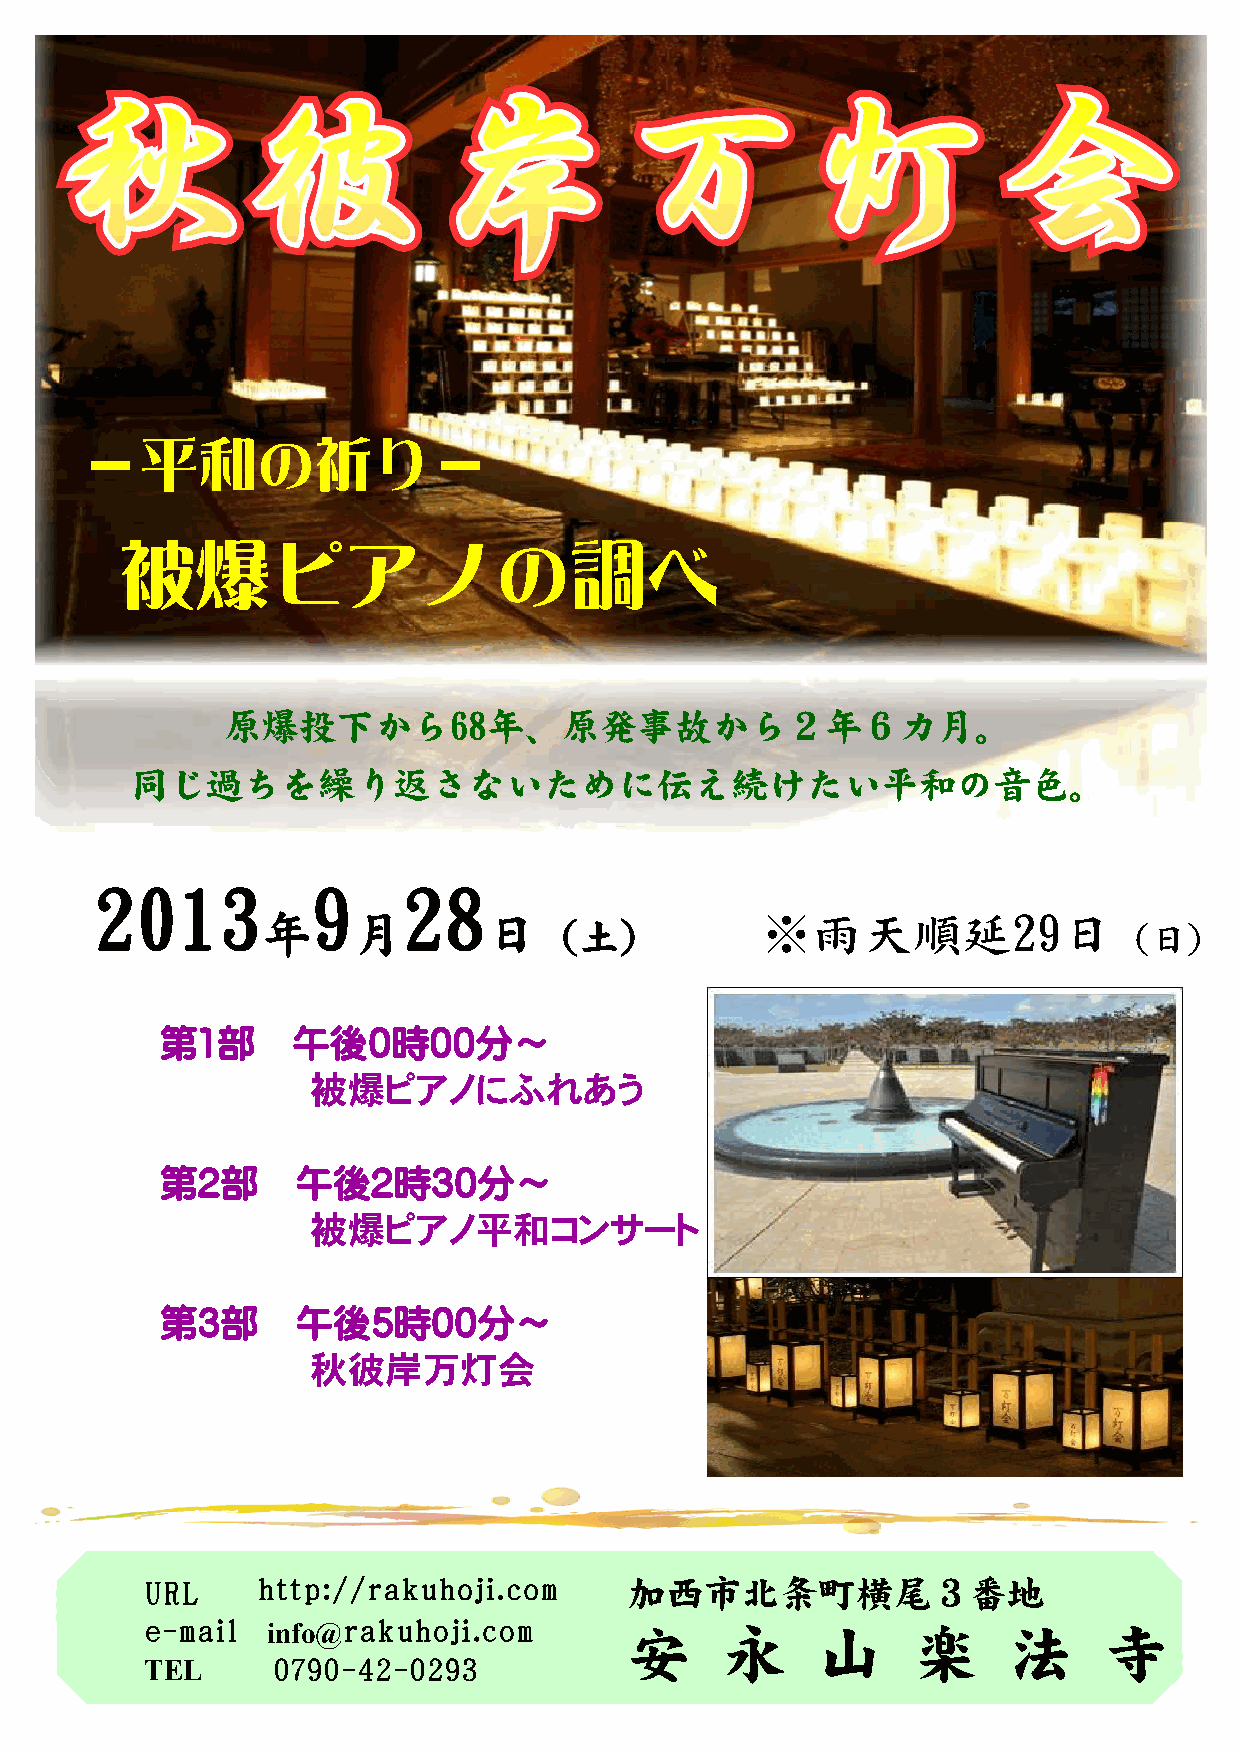
－平和の祈り－
 被爆ピアノの調べ
 原爆投下から68年、原発事故から２年６カ月。
 同じ過ちを繰り返さないために伝え続けたい平和の音色。
 2013           9     28
 年     月        日                 ※雨天順延29日
 （土）                                    （日）
 第1部     午後０時00分～
 被爆ピアノにふれあう
 第2部      午後2時30分～
 被爆ピアノ平和コンサート
 第3部      午後5時00分～
 秋彼岸万灯会
 URL    http://rakuhoji.com      加西市北条町横尾３番地
 e-mail  info@rakuhoji.com       安     永     山     楽      法     寺
 TEL     0790-42-0293